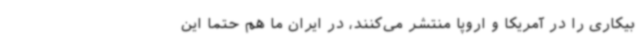
بیکاری را در آمریکا و اروپا منتشر می‌کنند، در ایران ما هم حتماً این